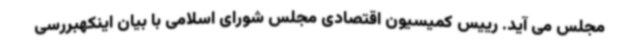
مجلس می آید. رییس کمیسیون اقتصادی مجلس شورای اسلامی با بیان اینکهبررسی